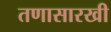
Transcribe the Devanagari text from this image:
तणासारखी